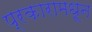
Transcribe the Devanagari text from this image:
प्रकारामधून